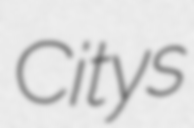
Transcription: Citys